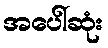
အပေါ်ဆုံး